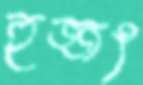
হুজ্জৎ